Report on the working of the Ranchi Indian Mental Hospital, Kanke, in Bihar and Orissa - 1930-1940
Year: 1930
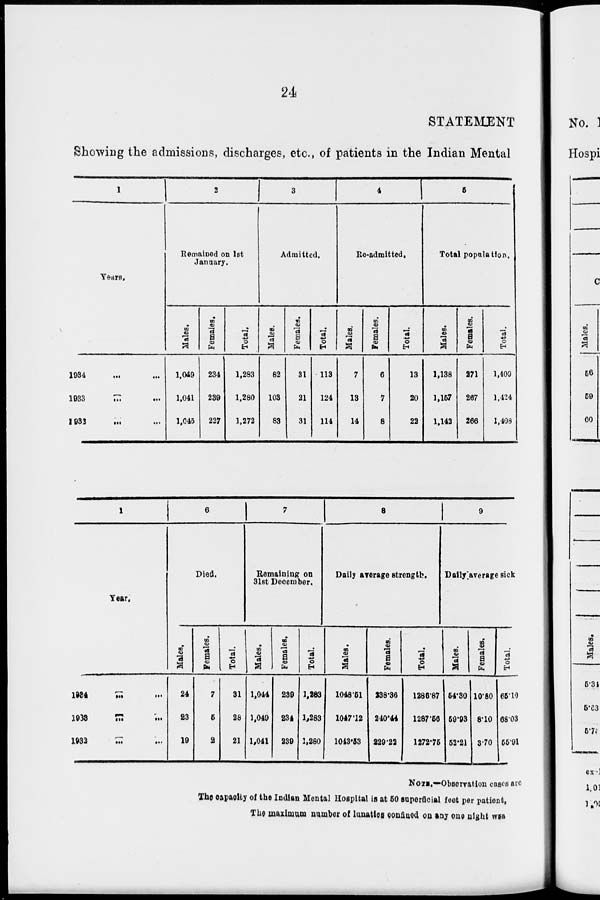
24
STATEMENT
Showing the admissions, discharges, etc., of patients in the Indian Mental
1
Years.
1934 ... ...
1933 ... ...
1932 ... ...
2
Remained on 1st
January.
Males.
1,049
1,041
1,045
Females.
234
239
227
Total.
1,283
1,280
1,272
3
Admitted.
Males.
82
103
83
Females.
31
21
31
Total.
113
124
114
4
Re-admitted.
Males.
7
13
14
Females.
6
7
8
Total.
13
20
22
5
Total population.
Males.
1,138
1,157
1,142
Females.
271
267
266
Total.
1,409
1,424
1,408
1
Year.
1934 ... ...
1933
... ...
1932
...
...
6
Died.
Males.
24
23
19
Females.
7
5
2
Total.
31
28
21
7
Remaining on
31st December.
Males.
1,044
1,049
1,041
Females.
239
234
239
Total.
1,283
1,283
1,280
8
Daily average strength.
Males.
1048.51
1047.12
1013.53
Females.
238.36
240.44
229.22
Total.
1236.87
1287.56
1272.75
9
Daily average sick
Males.
54.80
59.93
52.21
Females.
10.80
8.10
3.70
Total.
65.10
68.03
55.91
NOTE.—Observation cases are
The capacity of the Indian Mental Hospital is at 50 superficial feet per patient,
The maximum number of lunatics confined on any one night was